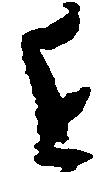
近